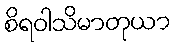
စိရဝါသိမာတုယာ